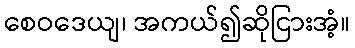
စေဝဒေယျ၊ အကယ်၍ဆိုငြားအံ့။